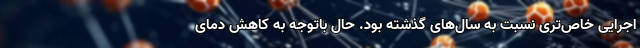
اجرایی خاص‌تری نسبت به سال‌های گذشته بود. حال باتوجه به کاهش دمای